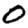
Digit: 0